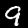
Digit: 9